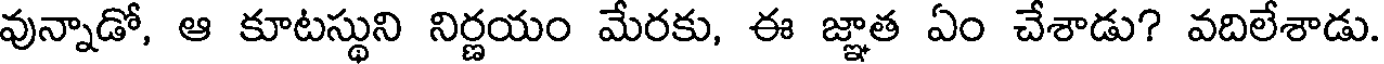
వున్నాడో, ఆ కూటస్థుని నిర్ణయం మేరకు, ఈ జ్ఞాత ఏం చేశాడు? వదిలేశాడు.